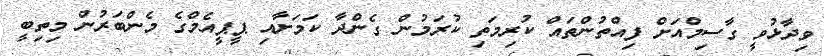
ވިދާޅުވީ ގާސިމްއަށް ފިއްތުންތައް ކުރިމަތި ކުރަމުން ގެންދާ ކަމަށާއި ޕީޕީއެމްގެ މެންބަރުން މިތިބީ